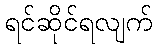
ရင်ဆိုင်ရလျက်